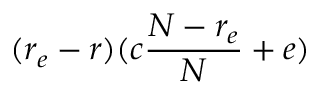
( r _ { e } - r ) ( c \frac { N - r _ { e } } { N } + e )